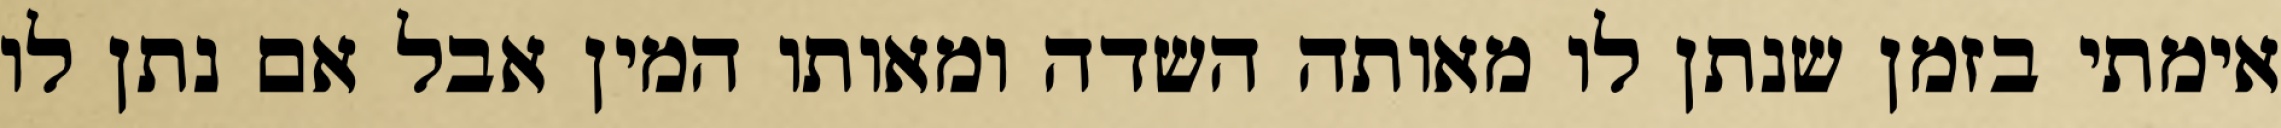
אימתי בזמן שנתן לו מאותה השדה ומאותו המין אבל אם נתן לו